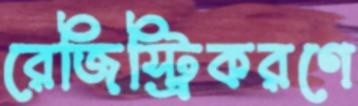
রেজিস্ট্রিকরণে